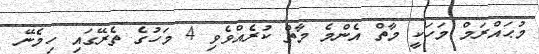
މުޙައްރަމް މަހަކީ މާތް އެންމެ މާތް ކުރެއްވެވި 4 މަހުގެ ތެރޭގައި ހިމެނޭ